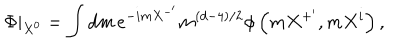
LaTeX: \Phi | _ { X ^ { 0 } } = \int d m \, e ^ { - i m X ^ { - ^ { \prime } } } m ^ { \left( d - 4 \right) / 2 } \phi \left( m X ^ { + ^ { \prime } } , m X ^ { i } \right) ,